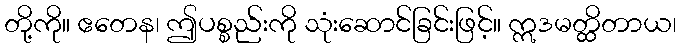
တို့ကို။ ဧတေန၊ ဤပစ္စည်းကို သုံးဆောင်ခြင်းဖြင့်။ ဣဒမတ္ထိတာယ၊